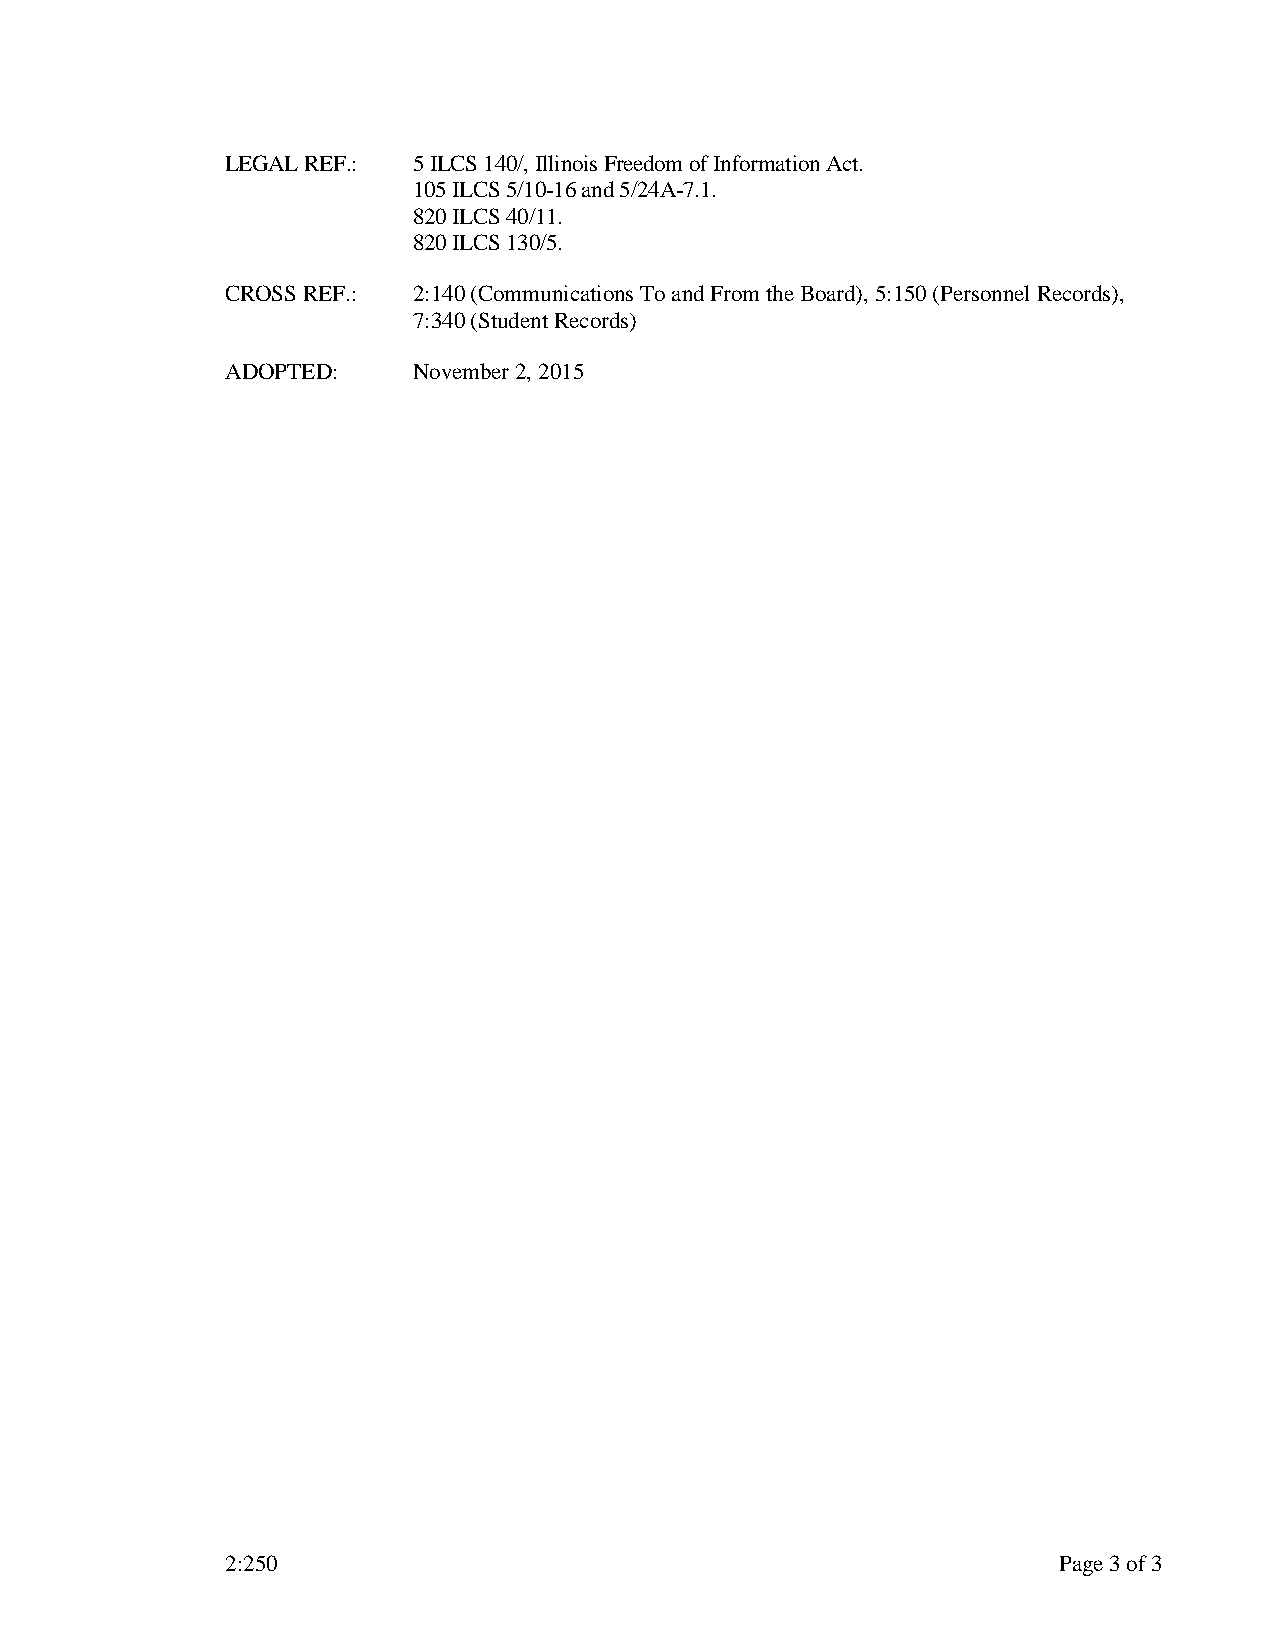
LEGAL REF.: 5 ILCS 140/, Illinois Freedom of Information Act.
 105 ILCS 5/10-16 and 5/24A-7.1.
 820 ILCS 40/11.
 820 ILCS 130/5.
 CROSS REF.: 2:140 (Communications To and From the Board), 5:150 (Personnel Records),
 7:340 (Student Records)
 ADOPTED:    November 2, 2015
 2:250                                                  Page 3 of 3